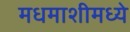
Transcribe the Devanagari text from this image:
मधमाशीमध्ये